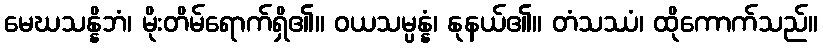
မေဃသန္နိဘံ၊ မိုးတိမ်ရောက်ရှိ၏။ ဝယသမ္ပန္နံ၊ နုနယ်၏။ တံသဿံ၊ ထိုကောက်သည်။